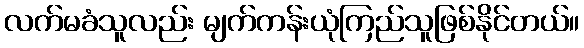
လက်မခံသူလည်း မျက်ကန်းယုံကြည်သူဖြစ်နိုင်တယ်။